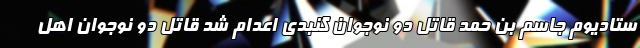
ستادیوم جاسم بن حمد قاتل دو نوجوان گنبدی اعدام شد قاتل دو نوجوان اهل